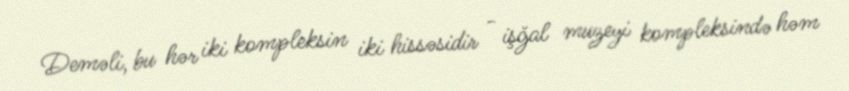
Deməli, bu hər iki kompleksin iki hissəsidir - işğal muzeyi kompleksində həm